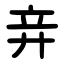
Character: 竎